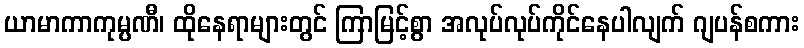
ယာမာကာကုမ္ပဏီ၊ ထိုနေရာများတွင် ကြာမြင့်စွာ အလုပ်လုပ်ကိုင်နေပါလျက် ဂျပန်စကား